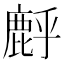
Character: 䴣